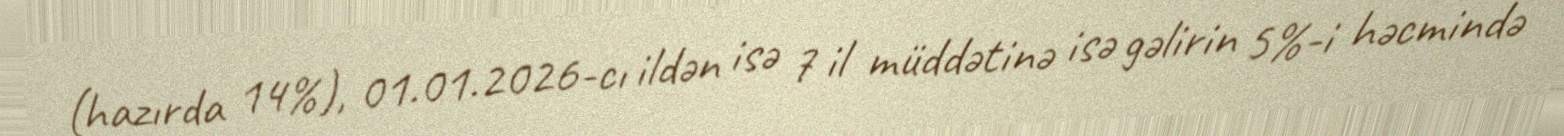
(hazırda 14%), 01.01.2026-cı ildən isə 7 il müddətinə isə gəlirin 5%-i həcmində